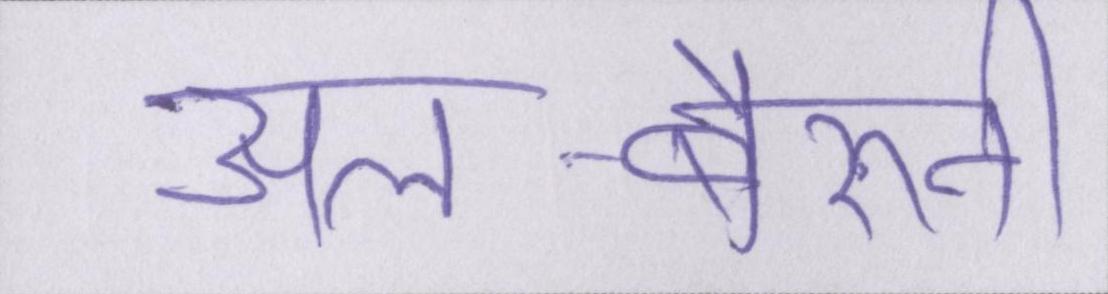
अल-बेरुनी